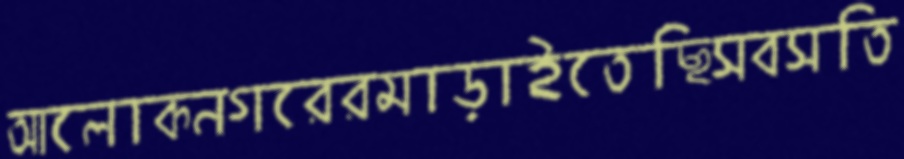
আলোকনগরেরমাড়াইতেছিসবসতি